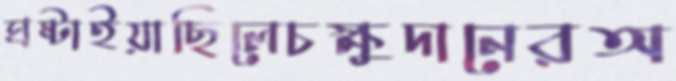
ঘষ্‌টাইয়াছিলেচক্ষুদানেরঅ